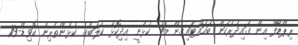
ރިޕްޑޯފް އިން ގައިދުރުކަން ބަހައްޓައިގެން މެޗު ކުޅުނީ އިދިކޮޅު ކުލަބުގެ ކުޅުންތެރިން ކޮވިޑް-19